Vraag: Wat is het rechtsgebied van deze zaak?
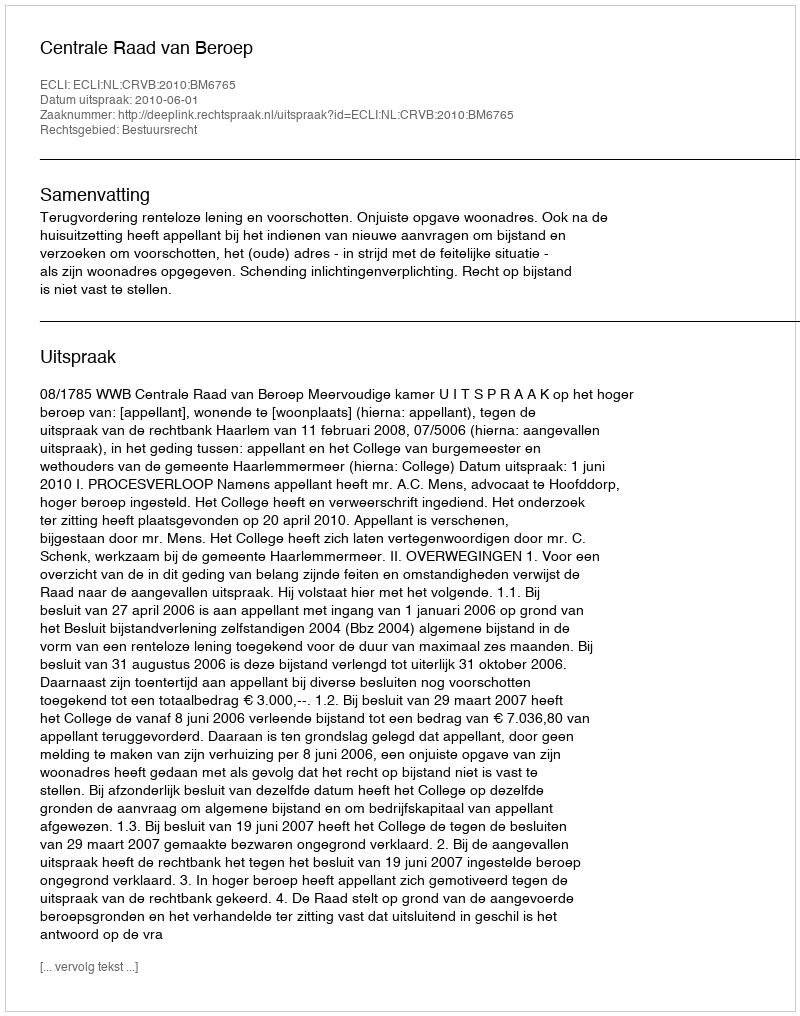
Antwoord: Bestuursrecht